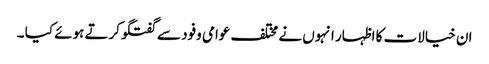
ان خیالات کا اظہار انہوں نے مختلف عوامی وفود سے گفتگوکرتے ہوئے کیا ۔